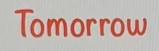
Tomorrow